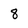
Character: 8